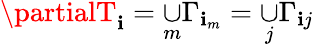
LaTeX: \partialT_{\mathbf{i}}=\underset{m}{\cup}\Gamma_{\mathbf{i}_{m}}=\underset{j}{\cup}\Gamma_{\mathbf{i}j}